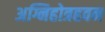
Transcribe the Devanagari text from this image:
अग्निहोत्रहवन